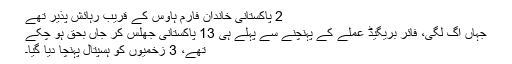
2 پاکستانی خاندان فارم ہاؤس کے قریب رہائش پذیر تھے
جہاں آگ لگی، فائر بریگیڈ عملے کے پہنچنے سے پہلے ہی 13 پاکستانی جھلس کر جاں بحق ہو چکے
تھے، 3 زخمیوں کو ہسپتال پہنچا دیا گیا۔